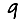
Digit: 9